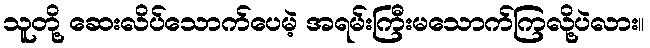
သူတို့ ဆေးလိပ်သောက်ပေမဲ့ အရမ်းကြီးမသောက်ကြလို့ပဲလား။